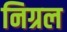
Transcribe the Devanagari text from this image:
निग्रल